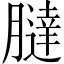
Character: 𦡯